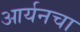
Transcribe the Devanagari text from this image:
आर्यनचा